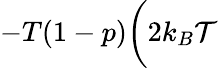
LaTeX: -T(1-p)\bigg(2k_{B}\mathcal{T}